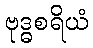
ဗုဒ္ဓစရိယံ